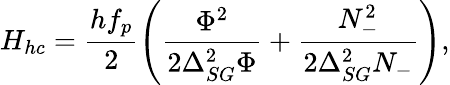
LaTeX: H_{hc}=\frac{hf_{p}}{2}\left(\frac{\Phi^{2}}{2\Delta_{SG}^{2}\Phi}+\frac{N_{-}^{2}}{2\Delta_{SG}^{2}N_{-}}\right),